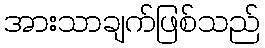
အားသာချက်ဖြစ်သည်